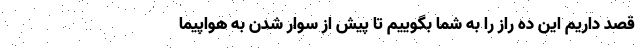
قصد داریم این ده راز را به شما بگوییم تا پیش از سوار شدن به هواپیما